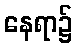
နေရာ၌